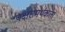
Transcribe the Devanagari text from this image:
पक्षसमर्थकता